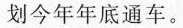
划今年年底通车。